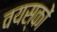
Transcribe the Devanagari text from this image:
वयस्‍कों